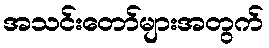
အသင်းတော်များအတွက်